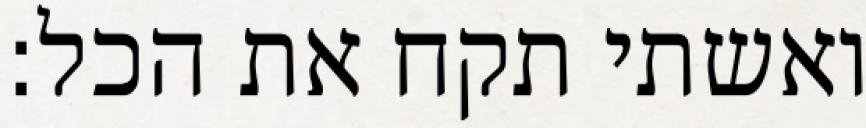
ואשתי תקח את הכל: